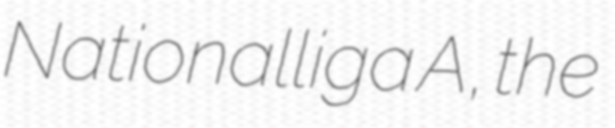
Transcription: Nationalliga A, the